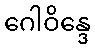
ဂေါဝိန္ဒေ